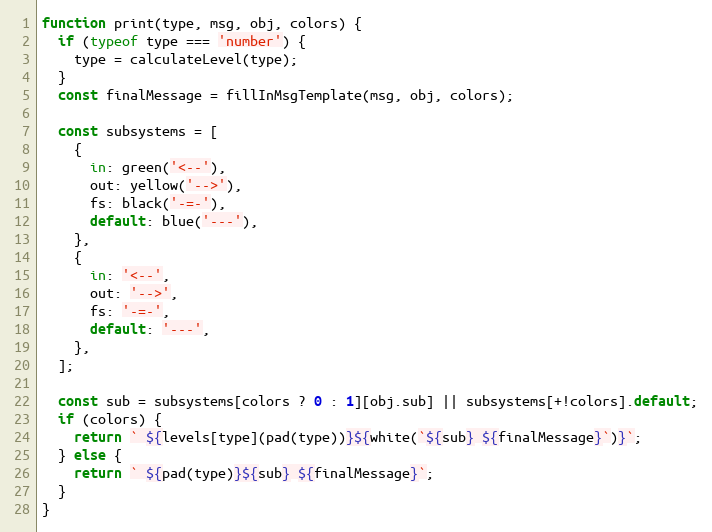
Language: JavaScript
function print(type, msg, obj, colors) {
  if (typeof type === 'number') {
    type = calculateLevel(type);
  }
  const finalMessage = fillInMsgTemplate(msg, obj, colors);

  const subsystems = [
    {
      in: green('<--'),
      out: yellow('-->'),
      fs: black('-=-'),
      default: blue('---'),
    },
    {
      in: '<--',
      out: '-->',
      fs: '-=-',
      default: '---',
    },
  ];

  const sub = subsystems[colors ? 0 : 1][obj.sub] || subsystems[+!colors].default;
  if (colors) {
    return ` ${levels[type](pad(type))}${white(`${sub} ${finalMessage}`)}`;
  } else {
    return ` ${pad(type)}${sub} ${finalMessage}`;
  }
}